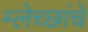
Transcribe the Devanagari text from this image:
म्लेच्छांचें